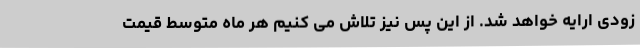
زودی ارایه خواهد شد. از این پس نیز تلاش می کنیم هر ماه متوسط قیمت